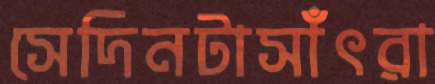
সেদিনটাসাঁৎরা